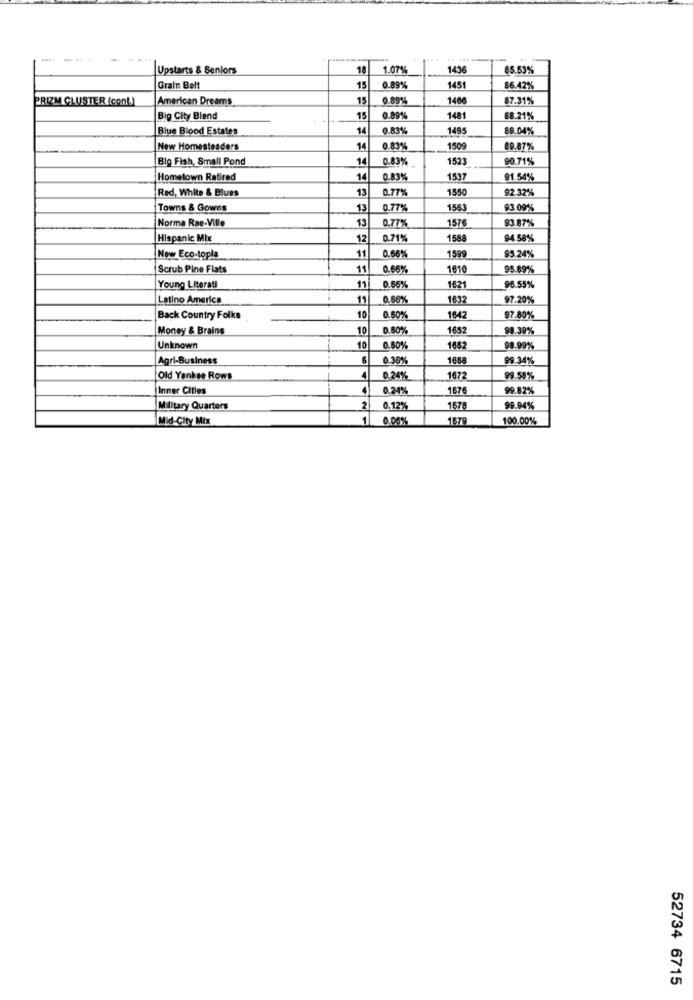
Upstarts & Seniors
18
1.07%
1436
85.53%
Grain Belt
15
0.89%
1451
86.42%
PRIZM CLUSTER (cont)
American Dreams
15
0.89%
1468
87.31%
Big City Blend
15
1481
88.21%
Blue Blood Estates
14
0.831
1495
89.04%
New Homesteaders
14
0.83%
1509
89.87%
Big Fish, Small Pond
14
0.83%
1523
90.71%
Hometown Retired
14
0.83%
1537
91.54%
Red, White & Blues
13
0.77%
1550
92.32%
Towns & Gowns
0.77%
1563
93.09%
Norma Rae-Ville
0.77%
1576
93.87%
Hispanic Mix
12
0.71%
1588
94.58%
11
0.66%
1599
95.24%
Now Eco-topla
Scrub Pine Flats
11
0.66%
1610
95.89%
0.66
Young Literati
11
1621
96.55%
Latino America
11
0.66
1632
97.20%
Back Country Folks
10
0.60%
1642
97.80%
Money & Brains
10
0.60%
1652
98.39%
Unknown
10
0.80%
1682
98.99%
Agri-Business
0.30%
1688
99.34%
Old Yankee Rows
0.25%
1672
99.59%
Inner Cities
4
0.24%
1676
99.82%
Military Quarters
2
0.12%
1676
99.94%
Mid-City Mix
0.00%
1679
100.00%
52734 6715